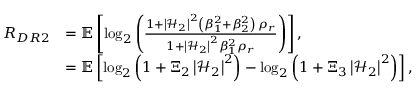
\begin{array} { r l } { { R } _ { D R 2 } } & { = \mathbb { E } \left[ \log _ { 2 } \left( \frac { 1 + \left| \mathcal { H } _ { 2 } \right| ^ { 2 } \left( \beta _ { 1 } ^ { 2 } + \beta _ { 2 } ^ { 2 } \right) \, \rho _ { r } } { 1 + \left| \mathcal { H } _ { 2 } \right| ^ { 2 } \beta _ { 1 } ^ { 2 } \rho _ { r } } \right) \right] , } \\ & { = \mathbb { E } \left[ \log _ { 2 } \left( 1 + \Xi _ { 2 } \left| \mathcal { H } _ { 2 } \right| ^ { 2 } \right) - \log _ { 2 } \left( 1 + \Xi _ { 3 } \left| \mathcal { H } _ { 2 } \right| ^ { 2 } \right) \right] , } \end{array}